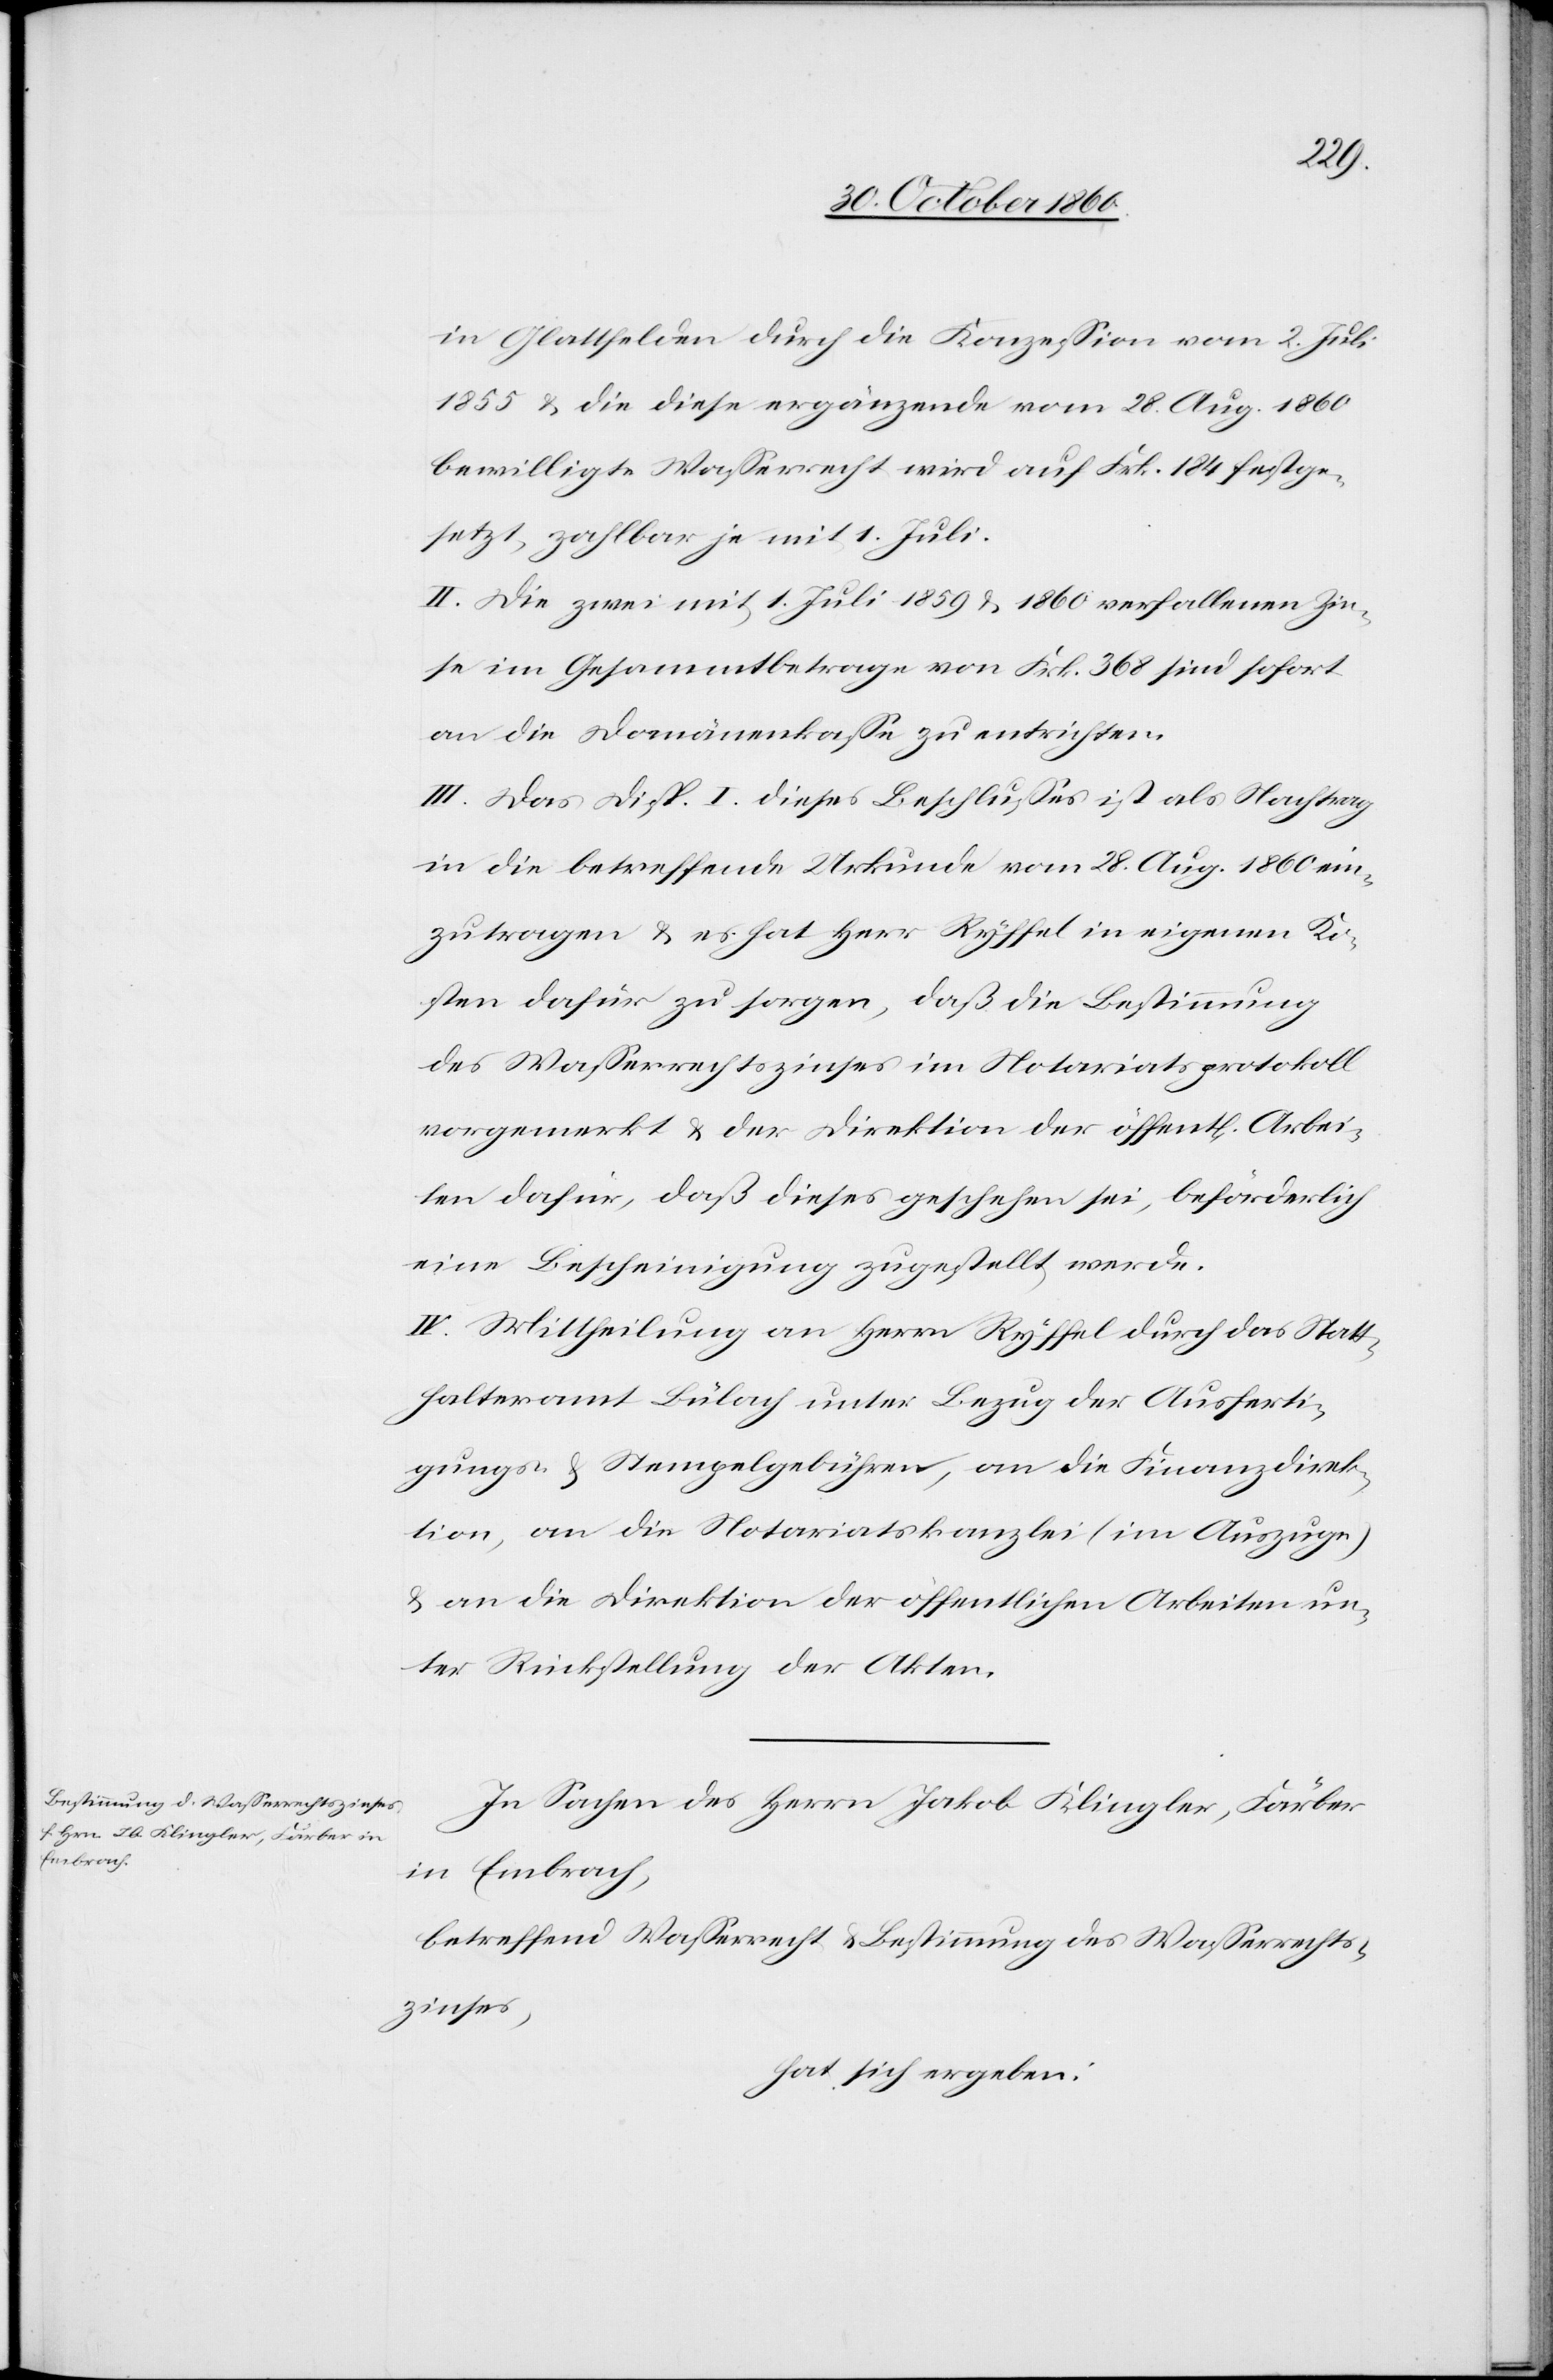
in Glattfelden durch die Konzession vom 2. Juli
1855 u. die diese ergänzende vom 28. Aug. 1860
bewilligte Wasserrecht wird auf Frk. 184 festge¬
setzt, zahlbar je mit 1. Juli.
II. Die zwei mit 1. Juli 1859 u. 1860 verfallenen Zin¬
se im Gesammtbetrage von Frk. 368 sind sofort
an die Domänenkasse zu entrichten.
III. Das Disp. I dieses Beschlusses ist als Nachtrag
in die betreffende Urkunde vom 28. Aug. 1860 ein¬
zutragen u. es hat Herr Ryffel in eigenen Ko¬
sten dafür zu sorgen, daß die Bestimmung
des Wasserrechtszinses im Notariatsprotokoll
vorgemerkt u. der Direktion der öffent[lichen] Arbei¬
ten dafür, daß dieses geschehen sei, beförderlich
eine Bescheinigung zugestellt werde.
IV. Mittheilung an Herrn Ryffel durch das Statt¬
halteramt Bülach unter Bezug der Ausferti¬
gungs- u. Stempelgebühren, an die Finanzdirek¬
tion, an die Notariatskanzlei (im Auszuge)
u. an die Direktion der öffentlichen Arbeiten un¬
ter Rückstellung der Akten.
In Sachen des Herrn Jakob Klingler, Färber
in Embrach,
betreffend Wasserrecht u. Bestimmung des Wasserrechts¬
zinses,
hat sich ergeben: